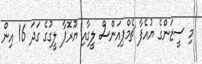
މި ސީޒަންގެ ޔުއެފާ ޗެމްޕިއަންސް ލީގާއި ޔޫރޮޕާ ލީގުގެ ގަދަ 16 އިން